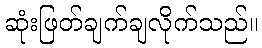
ဆုံးဖြတ်ချက်ချလိုက်သည်။